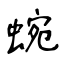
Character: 蜿